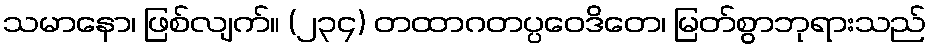
သမာနော၊ ဖြစ်လျက်။ (၂၃၄) တထာဂတပ္ပဝေဒိတေ၊ မြတ်စွာဘုရားသည်